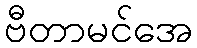
ဗီတာမင်အေ